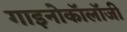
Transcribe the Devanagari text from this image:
गाइनोकॉलॉजी